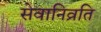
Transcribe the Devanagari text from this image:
सेवानिव्रति